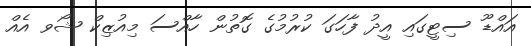
އައްޑޫ ސިޓީގައި އީދު ފާހަގަ ކުރުމުގެ ގޮތުން ހާއްސަ މިއުޒިކް ޝޯވ އެއް